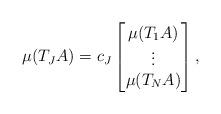
LaTeX: \begin{align*}\mu(T_JA)=c_J\begin{bmatrix}\mu(T_1A)\\\vdots\\\mu(T_NA)\end{bmatrix},\end{align*}